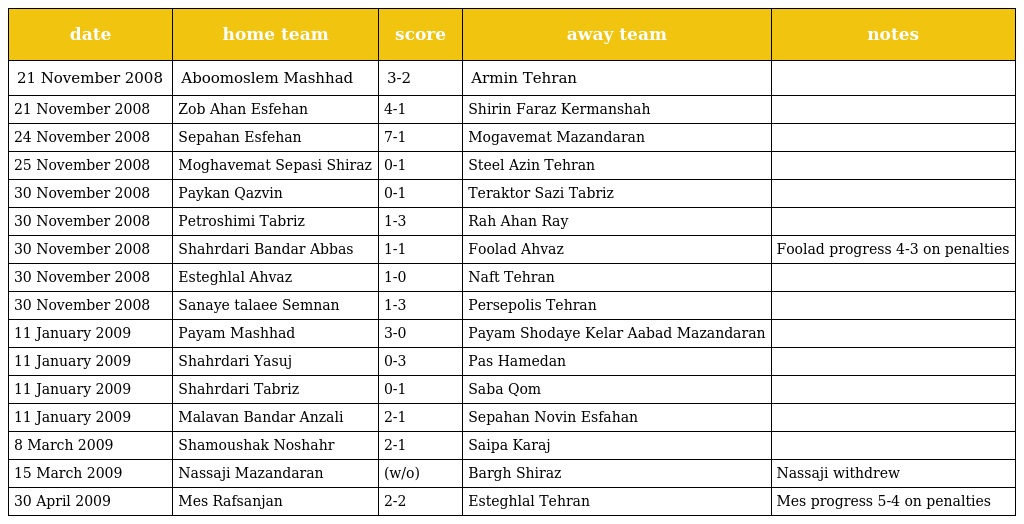
| date | home team | score | away team | notes |
 | --- | --- | --- | --- | --- |
 | 21 November 2008 | Aboomoslem Mashhad | 3-2 | Armin Tehran |  |
 | 21 November 2008 | Zob Ahan Esfehan | 4-1 | Shirin Faraz Kermanshah |  |
 | 24 November 2008 | Sepahan Esfehan | 7-1 | Mogavemat Mazandaran |  |
 | 25 November 2008 | Moghavemat Sepasi Shiraz | 0-1 | Steel Azin Tehran |  |
 | 30 November 2008 | Paykan Qazvin | 0-1 | Teraktor Sazi Tabriz |  |
 | 30 November 2008 | Petroshimi Tabriz | 1-3 | Rah Ahan Ray |  |
 | 30 November 2008 | Shahrdari Bandar Abbas | 1-1 | Foolad Ahvaz | Foolad progress 4-3 on penalties |
 | 30 November 2008 | Esteghlal Ahvaz | 1-0 | Naft Tehran |  |
 | 30 November 2008 | Sanaye talaee Semnan | 1-3 | Persepolis Tehran |  |
 | 11 January 2009 | Payam Mashhad | 3-0 | Payam Shodaye Kelar Aabad Mazandaran |  |
 | 11 January 2009 | Shahrdari Yasuj | 0-3 | Pas Hamedan |  |
 | 11 January 2009 | Shahrdari Tabriz | 0-1 | Saba Qom |  |
 | 11 January 2009 | Malavan Bandar Anzali | 2-1 | Sepahan Novin Esfahan |  |
 | 8 March 2009 | Shamoushak Noshahr | 2-1 | Saipa Karaj |  |
 | 15 March 2009 | Nassaji Mazandaran | (w/o) | Bargh Shiraz | Nassaji withdrew |
 | 30 April 2009 | Mes Rafsanjan | 2-2 | Esteghlal Tehran | Mes progress 5-4 on penalties |